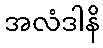
အလံဒါနိ